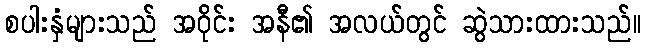
စပါးနှံများသည် အဝိုင်း အနီ၏ အလယ်တွင် ဆွဲသားထားသည်။